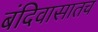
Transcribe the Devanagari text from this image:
बंदिवासातच